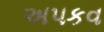
અપકવ